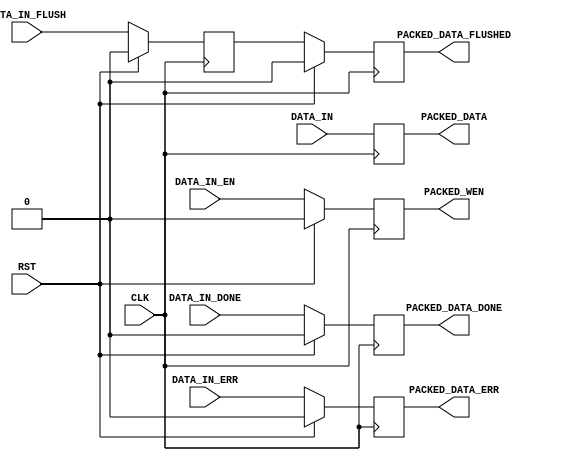
// ----------------------------------------------------------------------
// Copyright (c) 2016, The Regents of the University of California All
// rights reserved.
// 
// Redistribution and use in source and binary forms, with or without
// modification, are permitted provided that the following conditions are
// met:
// 
//     * Redistributions of source code must retain the above copyright
//       notice, this list of conditions and the following disclaimer.
// 
//     * Redistributions in binary form must reproduce the above
//       copyright notice, this list of conditions and the following
//       disclaimer in the documentation and/or other materials provided
//       with the distribution.
// 
//     * Neither the name of The Regents of the University of California
//       nor the names of its contributors may be used to endorse or
//       promote products derived from this software without specific
//       prior written permission.
// 
// THIS SOFTWARE IS PROVIDED BY THE COPYRIGHT HOLDERS AND CONTRIBUTORS
// "AS IS" AND ANY EXPRESS OR IMPLIED WARRANTIES, INCLUDING, BUT NOT
// LIMITED TO, THE IMPLIED WARRANTIES OF MERCHANTABILITY AND FITNESS FOR
// A PARTICULAR PURPOSE ARE DISCLAIMED. IN NO EVENT SHALL REGENTS OF THE
// UNIVERSITY OF CALIFORNIA BE LIABLE FOR ANY DIRECT, INDIRECT,
// INCIDENTAL, SPECIAL, EXEMPLARY, OR CONSEQUENTIAL DAMAGES (INCLUDING,
// BUT NOT LIMITED TO, PROCUREMENT OF SUBSTITUTE GOODS OR SERVICES; LOSS
// OF USE, DATA, OR PROFITS; OR BUSINESS INTERRUPTION) HOWEVER CAUSED AND
// ON ANY THEORY OF LIABILITY, WHETHER IN CONTRACT, STRICT LIABILITY, OR
// TORT (INCLUDING NEGLIGENCE OR OTHERWISE) ARISING IN ANY WAY OUT OF THE
// USE OF THIS SOFTWARE, EVEN IF ADVISED OF THE POSSIBILITY OF SUCH
// DAMAGE.
// ----------------------------------------------------------------------
//----------------------------------------------------------------------------
// Version:				1.00.a
// Verilog Standard:	Verilog-2001
// Description:			Packs 32 bit received data into a 32 bit wide FIFO. 
// Assumes the FIFO always has room to accommodate the data.
// History:				@mattj: Version 2.0
// Additional Comments: 
//-----------------------------------------------------------------------------

`timescale 1ns/1ns
module fifo_packer_32 (
	input CLK,
	input RST,
	input [31:0] DATA_IN,		// Incoming data
	input DATA_IN_EN,			// Incoming data enable
	input DATA_IN_DONE,			// Incoming data packet end
	input DATA_IN_ERR,			// Incoming data error
	input DATA_IN_FLUSH,		// End of incoming data
	output [31:0] PACKED_DATA,	// Outgoing data
	output PACKED_WEN,			// Outgoing data write enable
	output PACKED_DATA_DONE,	// End of outgoing data packet
	output PACKED_DATA_ERR,		// Error in outgoing data
	output PACKED_DATA_FLUSHED	// End of outgoing data
);

reg					rPackedDone=0, _rPackedDone=0;
reg					rPackedErr=0, _rPackedErr=0;
reg					rPackedFlush=0, _rPackedFlush=0;
reg					rPackedFlushed=0, _rPackedFlushed=0;
reg		[31:0]		rDataIn=64'd0, _rDataIn=64'd0;
reg					rDataInEn=0, _rDataInEn=0;


assign PACKED_DATA = rDataIn;
assign PACKED_WEN = rDataInEn;
assign PACKED_DATA_DONE = rPackedDone;
assign PACKED_DATA_ERR = rPackedErr;
assign PACKED_DATA_FLUSHED = rPackedFlushed;


// Buffers input data to ease timing.
always @ (posedge CLK) begin
	rPackedDone <= #1 (RST ? 1'd0 : _rPackedDone);
	rPackedErr <= #1 (RST ? 1'd0 : _rPackedErr);
	rPackedFlush <= #1 (RST ? 1'd0 : _rPackedFlush);
	rPackedFlushed <= #1 (RST ? 1'd0 : _rPackedFlushed);
	rDataIn <= #1 _rDataIn;
	rDataInEn <= #1 (RST ? 1'd0 : _rDataInEn);
end

always @ (*) begin
	// Buffer and mask the input data.
	_rDataIn = DATA_IN;
	_rDataInEn = DATA_IN_EN;

	// Track done/error/flush signals.
	_rPackedDone = DATA_IN_DONE;
	_rPackedErr = DATA_IN_ERR;
	_rPackedFlush = DATA_IN_FLUSH;
	_rPackedFlushed = rPackedFlush;
end



endmodule